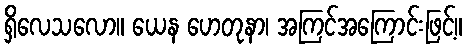
ရှိလေသလော။ ယေန ဟေတုနာ၊ အကြင်အကြောင်းဖြင့်။